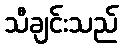
သီချင်းသည်